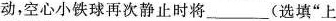
动，空心小铁球再次静止时将___(选填”上